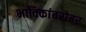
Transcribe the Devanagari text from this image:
भाविकांबरोबर